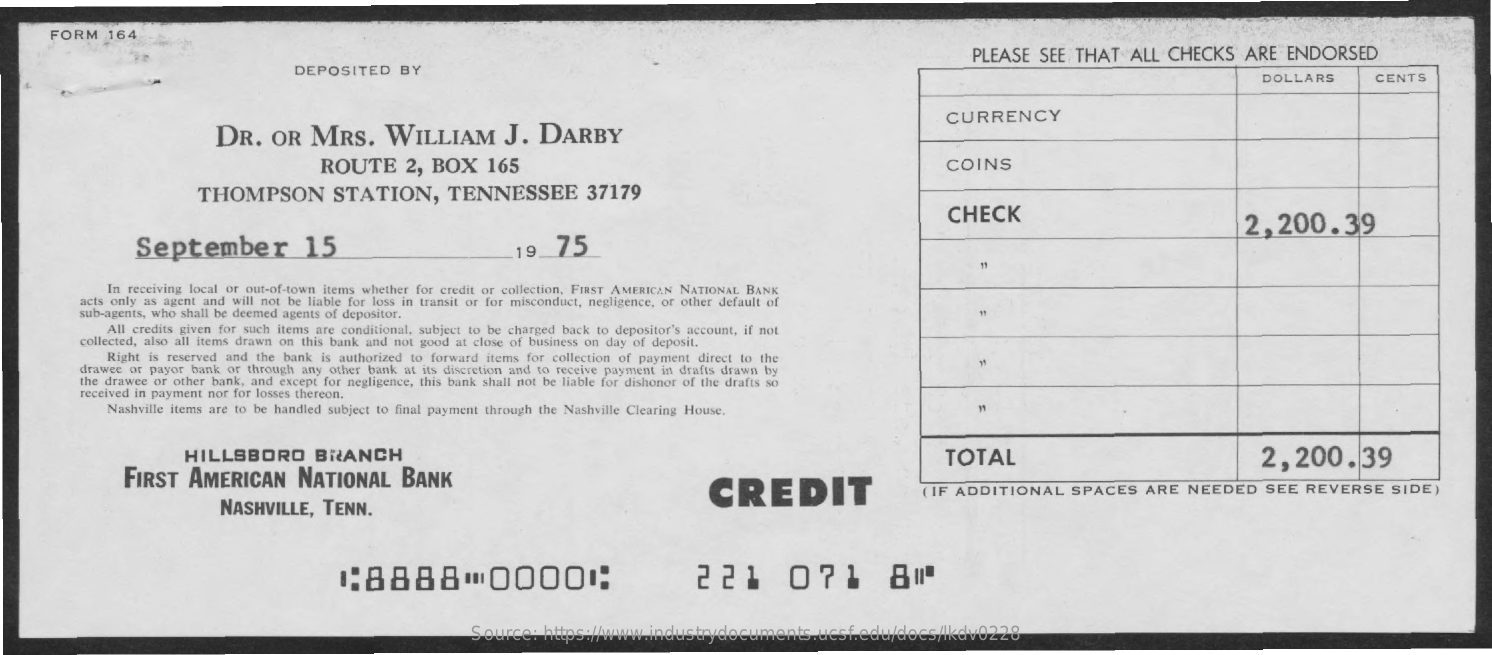
FORM   164
     PLEASE   SEE  THAT   ALL  CHECKS    ARE   ENDORSED
     DEPOSITED    BY
     DOLLARS    CENTS
     DR.    OR   MRS.    WILLIAM    J.   DARBY
     CURRENCY
     ROUTE    2,  BOX    165    COINS
     THOMPSON    STATION,    TENNESSEE    37179
     CHECK
     September    15    75
     2,200.39
     19
     In receiving local or out-of-town items whether for credit or collection, FIRST AMERICAN NATIONAL BANK
     acts only as agent and will not be liable for loss in transit or for misconduct, negligence, or other default of
     sub-agents, who shall be deemed agents of depositor.
     All credits given for such items are conditional, subject to be charged back to depositor's account, if not
     collected, also all items drawn on this bank and not good at close of business on day of deposit.
     Right is reserved and the bank is authorized to forward items for collection of payment direct to the
     drawee or payor bank or through any other bank at its discretion and to receive payment in drafts drawn by
     the drawee or other bank, and except for negligence, this bank shall not be liable for dishonor of the drafts so
     received in payment nor for losses thereon.
     Nashville items are to be handled subject to final payment through the Nashville Clearing House.
     HILLSBORO    BRANCH
     FIRST  AMERICAN    NATIONAL    BANK
     TOTAL    2,200.39
     NASHVILLE,    TENN.
     CREDIT    ( IF ADDITIONAL    SPACES    ARE  NEEDED    SEE  REVERSE    SIDE)
     :8888    0000:    221    071    80
     Source:  https://www.industrydocuments.ucsf.edu/docs/lkdv0228